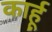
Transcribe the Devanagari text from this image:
कार्हू